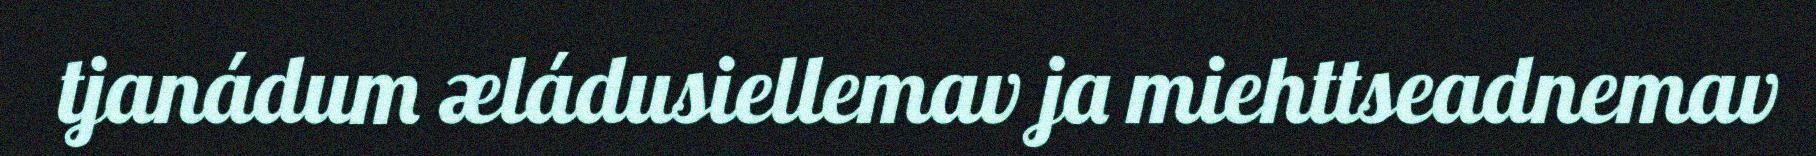
tjanádum æládusiellemav ja miehttseadnemav